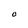
Character: O